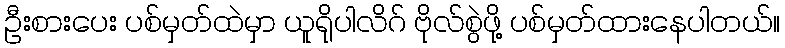
ဦးစားပေး ပစ်မှတ်ထဲမှာ ယူရိုပါလိဂ် ဗိုလ်စွဲဖို့ ပစ်မှတ်ထားနေပါတယ်။